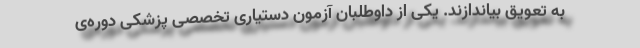
به تعویق بیاندازند. یکی از داوطلبان آزمون دستیاری تخصصی پزشکی دوره‌ی